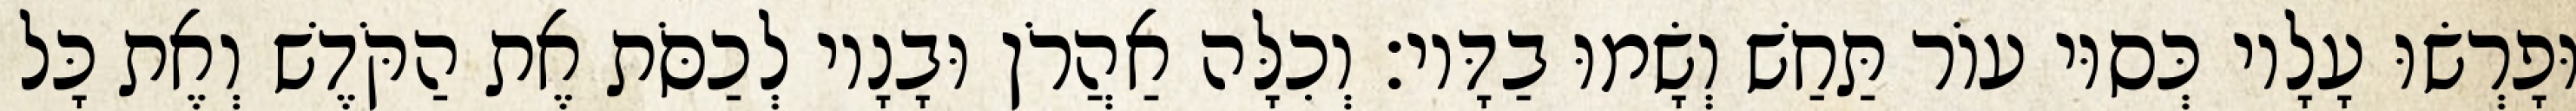
וּפָרְשׂוּ עָלָיו כְּסוּי עוֹר תַּחַשׁ וְשָׂמוּ בַדָּיו׃ וְכִלָּה אַהֲרֹן וּבָנָיו לְכַסֹּת אֶת הַקֹּדֶשׁ וְאֶת כָּל